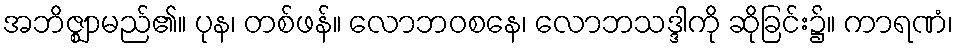
အဘိဇ္ဈာမည်၏။ ပုန၊ တစ်ဖန်။ လောဘဝစနေ၊ လောဘသဒ္ဒါကို ဆိုခြင်း၌။ ကာရဏံ၊